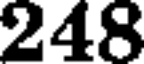
248